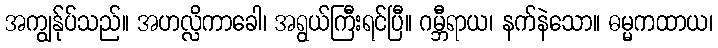
အကျွန်ုပ်သည်။ အဟလ္လိကာခေါ၊ အရွယ်ကြီးရင်ပြီ။ ဂမ္ဘီရာယ၊ နက်နဲသော။ ဓမ္မကထာယ၊